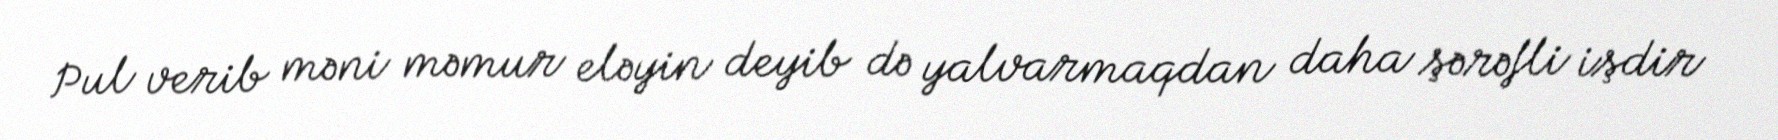
Pul verib məni məmur eləyin deyib də yalvarmaqdan daha şərəfli işdir